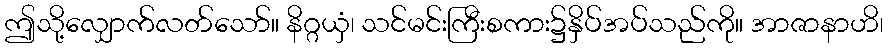
ဤသို့လျှောက်လတ်သော်။ နိဂ္ဂယှံ၊ သင်မင်းကြီးစကား၌နှိပ်အပ်သည်ကို။ အာဇာနာဟိ၊